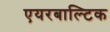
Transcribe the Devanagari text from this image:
एयरबाल्टिक